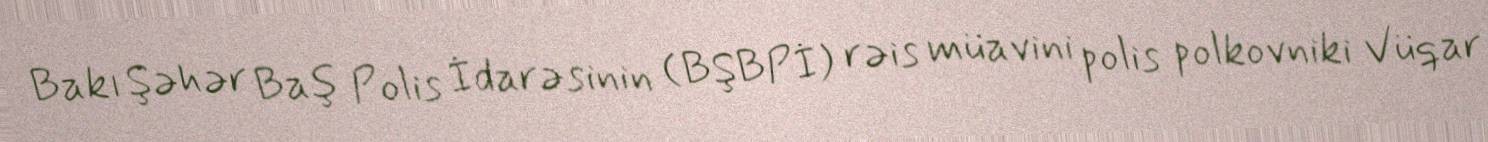
Bakı Şəhər Baş Polis İdarəsinin (BŞBPİ) rəis müavini polis polkovniki Vüqar